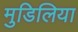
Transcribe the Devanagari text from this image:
मुडिलिया